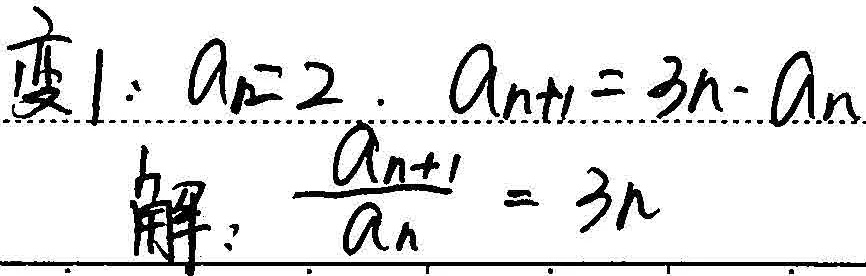
变1：\(a_{1}=2\)，\(a_{n + 1}=3n - a_{n}\)
解：\(\frac{a_{n + 1}}{a_{n}}=3n\)这一步是错误的，由\(a_{n + 1}=3n - a_{n}\)不能得出\(\frac{a_{n + 1}}{a_{n}}=3n\)。